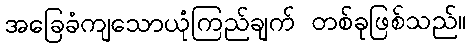
အခြေခံကျသောယုံကြည်ချက် တစ်ခုဖြစ်သည်။